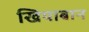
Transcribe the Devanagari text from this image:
खियाबान